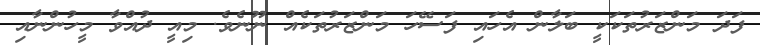
ފަދަ މަންޒަރުތަކަކީ ބަލާން އެހައި ފަސޭހަ މަންޒަރުތަކެއް ނޫނެވެ. މިއީ ދުއްވާ މީހުންނާއި